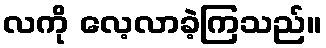
လကို လေ့လာခဲ့ကြသည်။